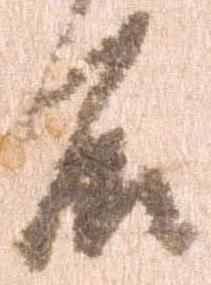
殿